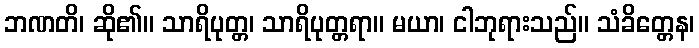
ဘဏတိ၊ ဆို၏။ သာရိပုတ္တ၊ သာရိပုတ္တရာ။ မယာ၊ ငါဘုရားသည်။ သံခိတ္တေန၊